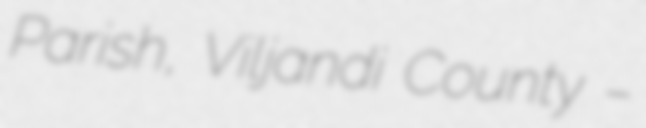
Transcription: Parish, Viljandi County –